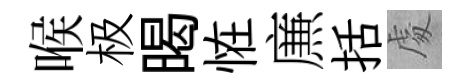
喉极暍恠㢘括䖏